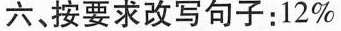
六,按要求改写句子:12%